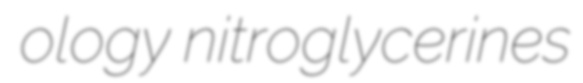
ology nitroglycerines